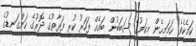
ކަމެކެވެ. ހަމަމިހެން މިކަމުގެ ސަބަބުން ބައެއް ފަހަރު ކުރި ފަރާތުގެ ދޮރުގެ ހަންގަނޑުގެ